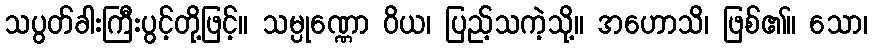
သပွတ်ခါးကြီးပွင့်တို့ဖြင့်။ သမ္ပုဏ္ဏော ဝိယ၊ ပြည့်သကဲ့သို့။ အဟောသိ၊ ဖြစ်၏။ သော၊